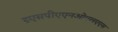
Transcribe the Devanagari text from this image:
इएसपीएएनओएलएएस